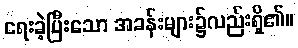
ရေးခဲ့ပြီးသော အခန်းများ၌လည်းရှိ၏။